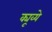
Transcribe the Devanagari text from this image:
क्यूव्ये